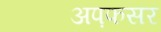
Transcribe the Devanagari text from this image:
अप़फसर